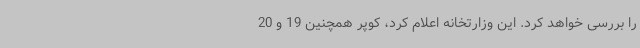
را بررسی خواهد کرد. این وزارتخانه اعلام کرد، کوپر همچنین 19 و 20